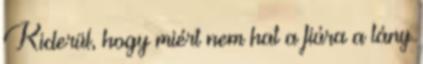
Kiderül, hogy miért nem hat a fiúra a lány